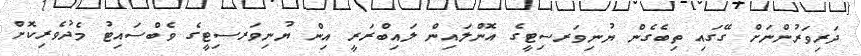
ދަރިވަރުންނަށް ގޭގައި ތިބެގެން ޔުނިވަރސިޓީގެ އޮންލައިން ލައިބްރަރީ އިން ޔުނިވަރސިޓީގެ ވެބްސައިޓު މެދުވެރިކޮށް